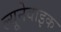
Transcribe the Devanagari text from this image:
ल्यूनेवाइक